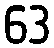
63